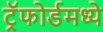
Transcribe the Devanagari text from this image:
ट्रॅफोर्डमध्ये